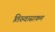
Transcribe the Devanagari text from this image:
तिरुवासाकम